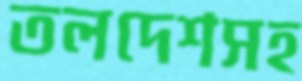
তলদেশসহ